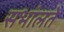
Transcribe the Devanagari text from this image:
सभांलते